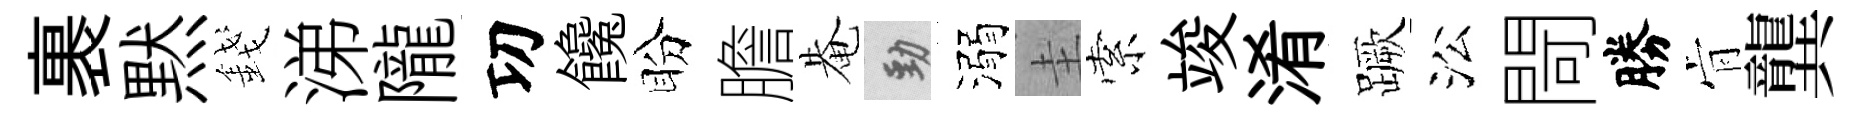
裹黙錢涕隴㓛饞盼膽𤲅勁溺圭索竣淆蹶㳂閜勝肻龔